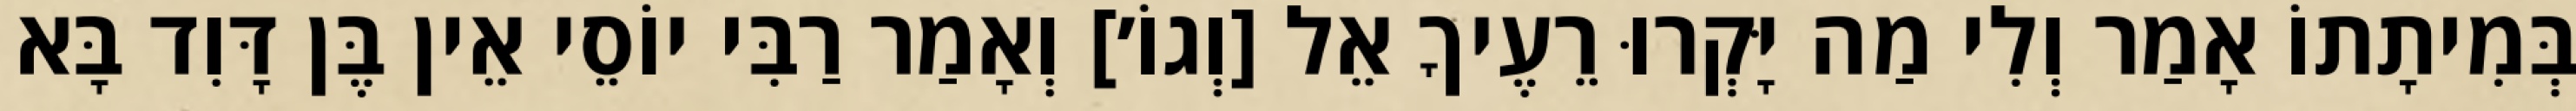
בְּמִיתָתוֹ אָמַר וְלִי מַה יָּקְרוּ רֵעֶיךָ אֵל [וְגוֹ׳] וְאָמַר רַבִּי יוֹסֵי אֵין בֶּן דָּוִד בָּא